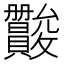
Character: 𫿪